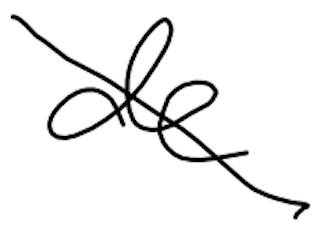
Text: de
Cross-out: diagonal
Writing tool: digital_black